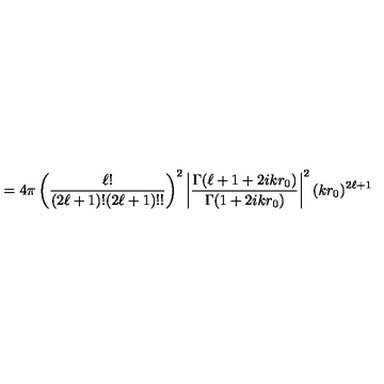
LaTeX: = 4 \pi \left( { \frac { \ell ! } { ( 2 \ell + 1 ) ! ( 2 \ell + 1 ) ! ! } } \right) ^ { 2 } \left| { \frac { \Gamma ( \ell + 1 + 2 i k r _ { 0 } ) } { \Gamma ( 1 + 2 i k r _ { 0 } ) } } \right| ^ { 2 } ( k r _ { 0 } ) ^ { 2 \ell + 1 }